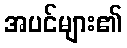
အပင်များ၏